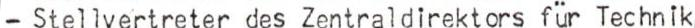
- Stellvertreter des Zentraldirektors für Technik